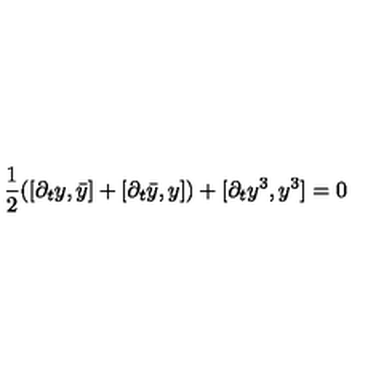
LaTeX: { \frac { 1 } { 2 } } ( [ \partial _ { t } y , \bar { y } ] + [ \partial _ { t } \bar { y } , y ] ) + [ \partial _ { t } y ^ { 3 } , y ^ { 3 } ] = 0